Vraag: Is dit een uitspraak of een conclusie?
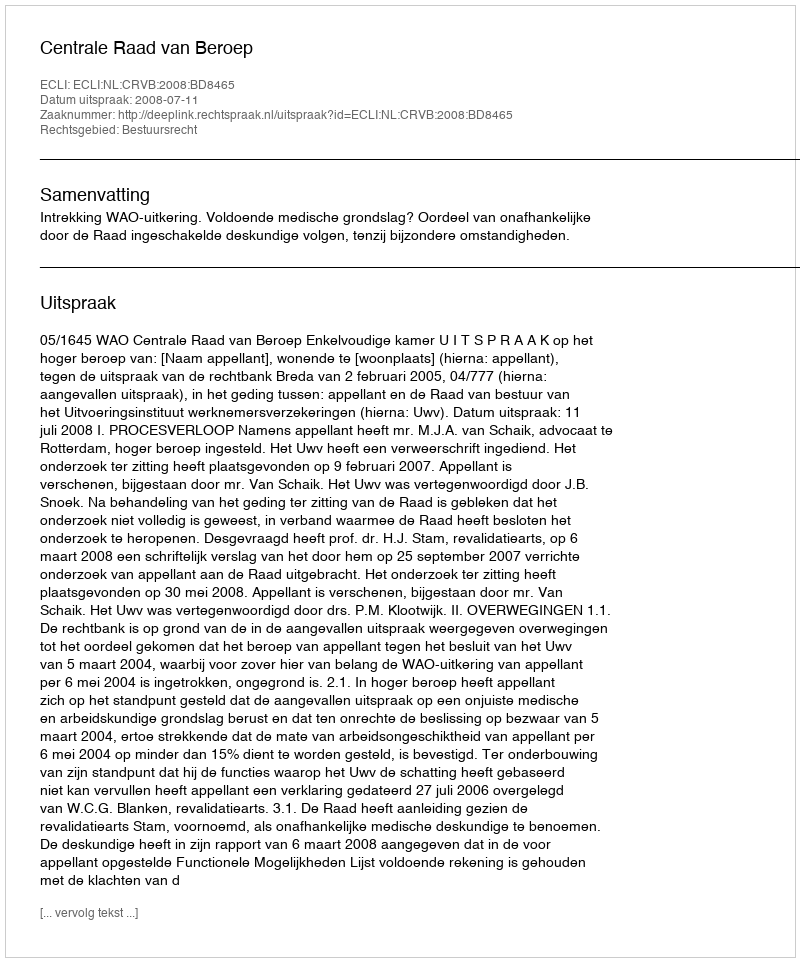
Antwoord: Uitspraak